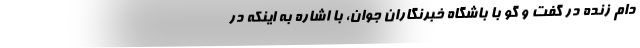
دام زنده در گفت و گو با باشگاه خبرنگاران جوان، با اشاره به اینکه در